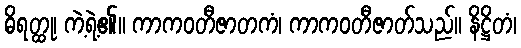
ဓိရတ္ထု၊ ကဲ့ရဲ့၏။ ကာကဝတီဇာတကံ၊ ကာကဝတီဇာတ်သည်။ နိဋ္ဌိတံ၊